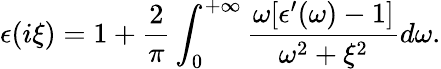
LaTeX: \epsilon(i\xi)=1+\frac{2}{\pi}\int_{0}^{+\infty}\frac{\omega[\epsilon^{\prime}(\omega)-1]}{\omega^{2}+\xi^{2}}d\omega.